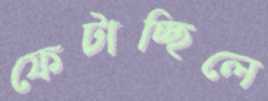
ফেটাচ্ছিলে